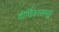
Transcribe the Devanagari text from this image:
दीर्घिकासमूह